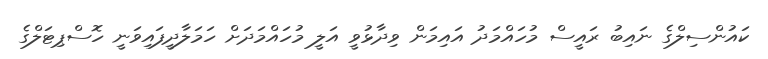
ކައުންސިލްގެ ނައިބު ރައީސް މުހައްމަދު އައިމަން ވިދާޅުވީ އަލީ މުހައްމަދަށް ހަމަލާދީފައިވަނީ ހޮސްޕިޓަލްގެ